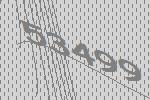
53499